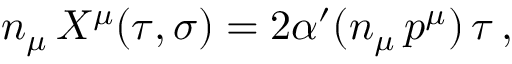
n _ { \mu } \, X ^ { \mu } ( \tau , \sigma ) = 2 \alpha ^ { \prime } ( n _ { \mu } \, p ^ { \mu } ) \, \tau \, ,